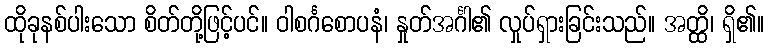
ထိုခုနစ်ပါးသော စိတ်တို့ဖြင့်ပင်။ ဝါစင်္ဂစောပနံ၊ နှုတ်အင်္ဂါ၏ လှုပ်ရှားခြင်းသည်။ အတ္ထိ၊ ရှိ၏။